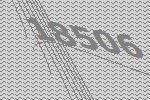
18506